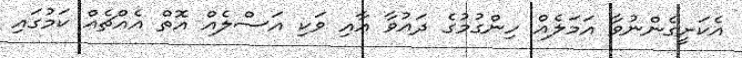
އެކަށީގެންނުވާ އަމަލެއް ހިންގުމުގެ ދައުވާ އާއި ވަކި އަސްލެއް އޮތް އެއްޗެއް ކަމުގައި